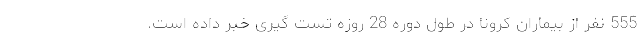
555 نفر از بیماران کرونا در طول دوره 28 روزه تست ‌گیری خبر داده است.